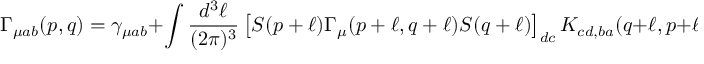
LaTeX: \Gamma _ { \mu a b } ( p , q ) = \gamma _ { \mu a b } + \int \frac { d ^ { 3 } \ell } { ( 2 \pi ) ^ { 3 } } \left[ S ( p + \ell ) \Gamma _ { \mu } ( p + \ell , q + \ell ) S ( q + \ell ) \right] _ { d c } K _ { c d , b a } ( q + \ell , p + \ell , \ell ) ,